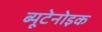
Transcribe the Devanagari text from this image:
ब्यूटेनोइक